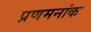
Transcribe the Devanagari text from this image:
प्रणमनांक